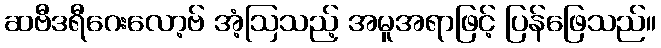
ဆဗီဒရီဂေးလော့ဗ် အံ့ဩသည့် အမူအရာဖြင့် ပြန်ဖြေသည်။